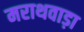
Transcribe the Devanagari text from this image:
मराथवाड़ा